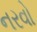
નરવો